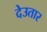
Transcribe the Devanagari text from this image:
देउतार